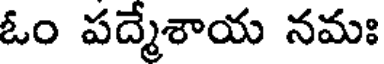
ఓం పద్మేశాయ నమః